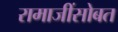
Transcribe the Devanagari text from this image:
रामाजींसोबत